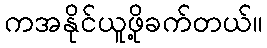
ကအနိုင်ယူဖို့ခက်တယ်။